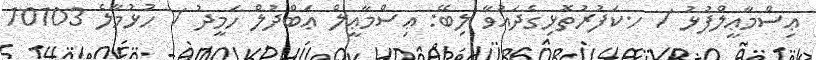
ޢިސްމާޢީލްފުޅު / ހ.ކަފުރުތޮޅިގެދައުވާ ލިބޭ: ޢިސްމާޢީލް ޢަބްދުލް ހަމީދު / ހުޅުމާލެ 10103